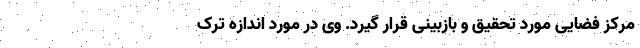
مرکز فضایی مورد تحقیق و بازبینی قرار گیرد. وی در مورد اندازه ترک